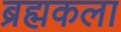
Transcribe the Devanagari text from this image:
ब्रह्मकला